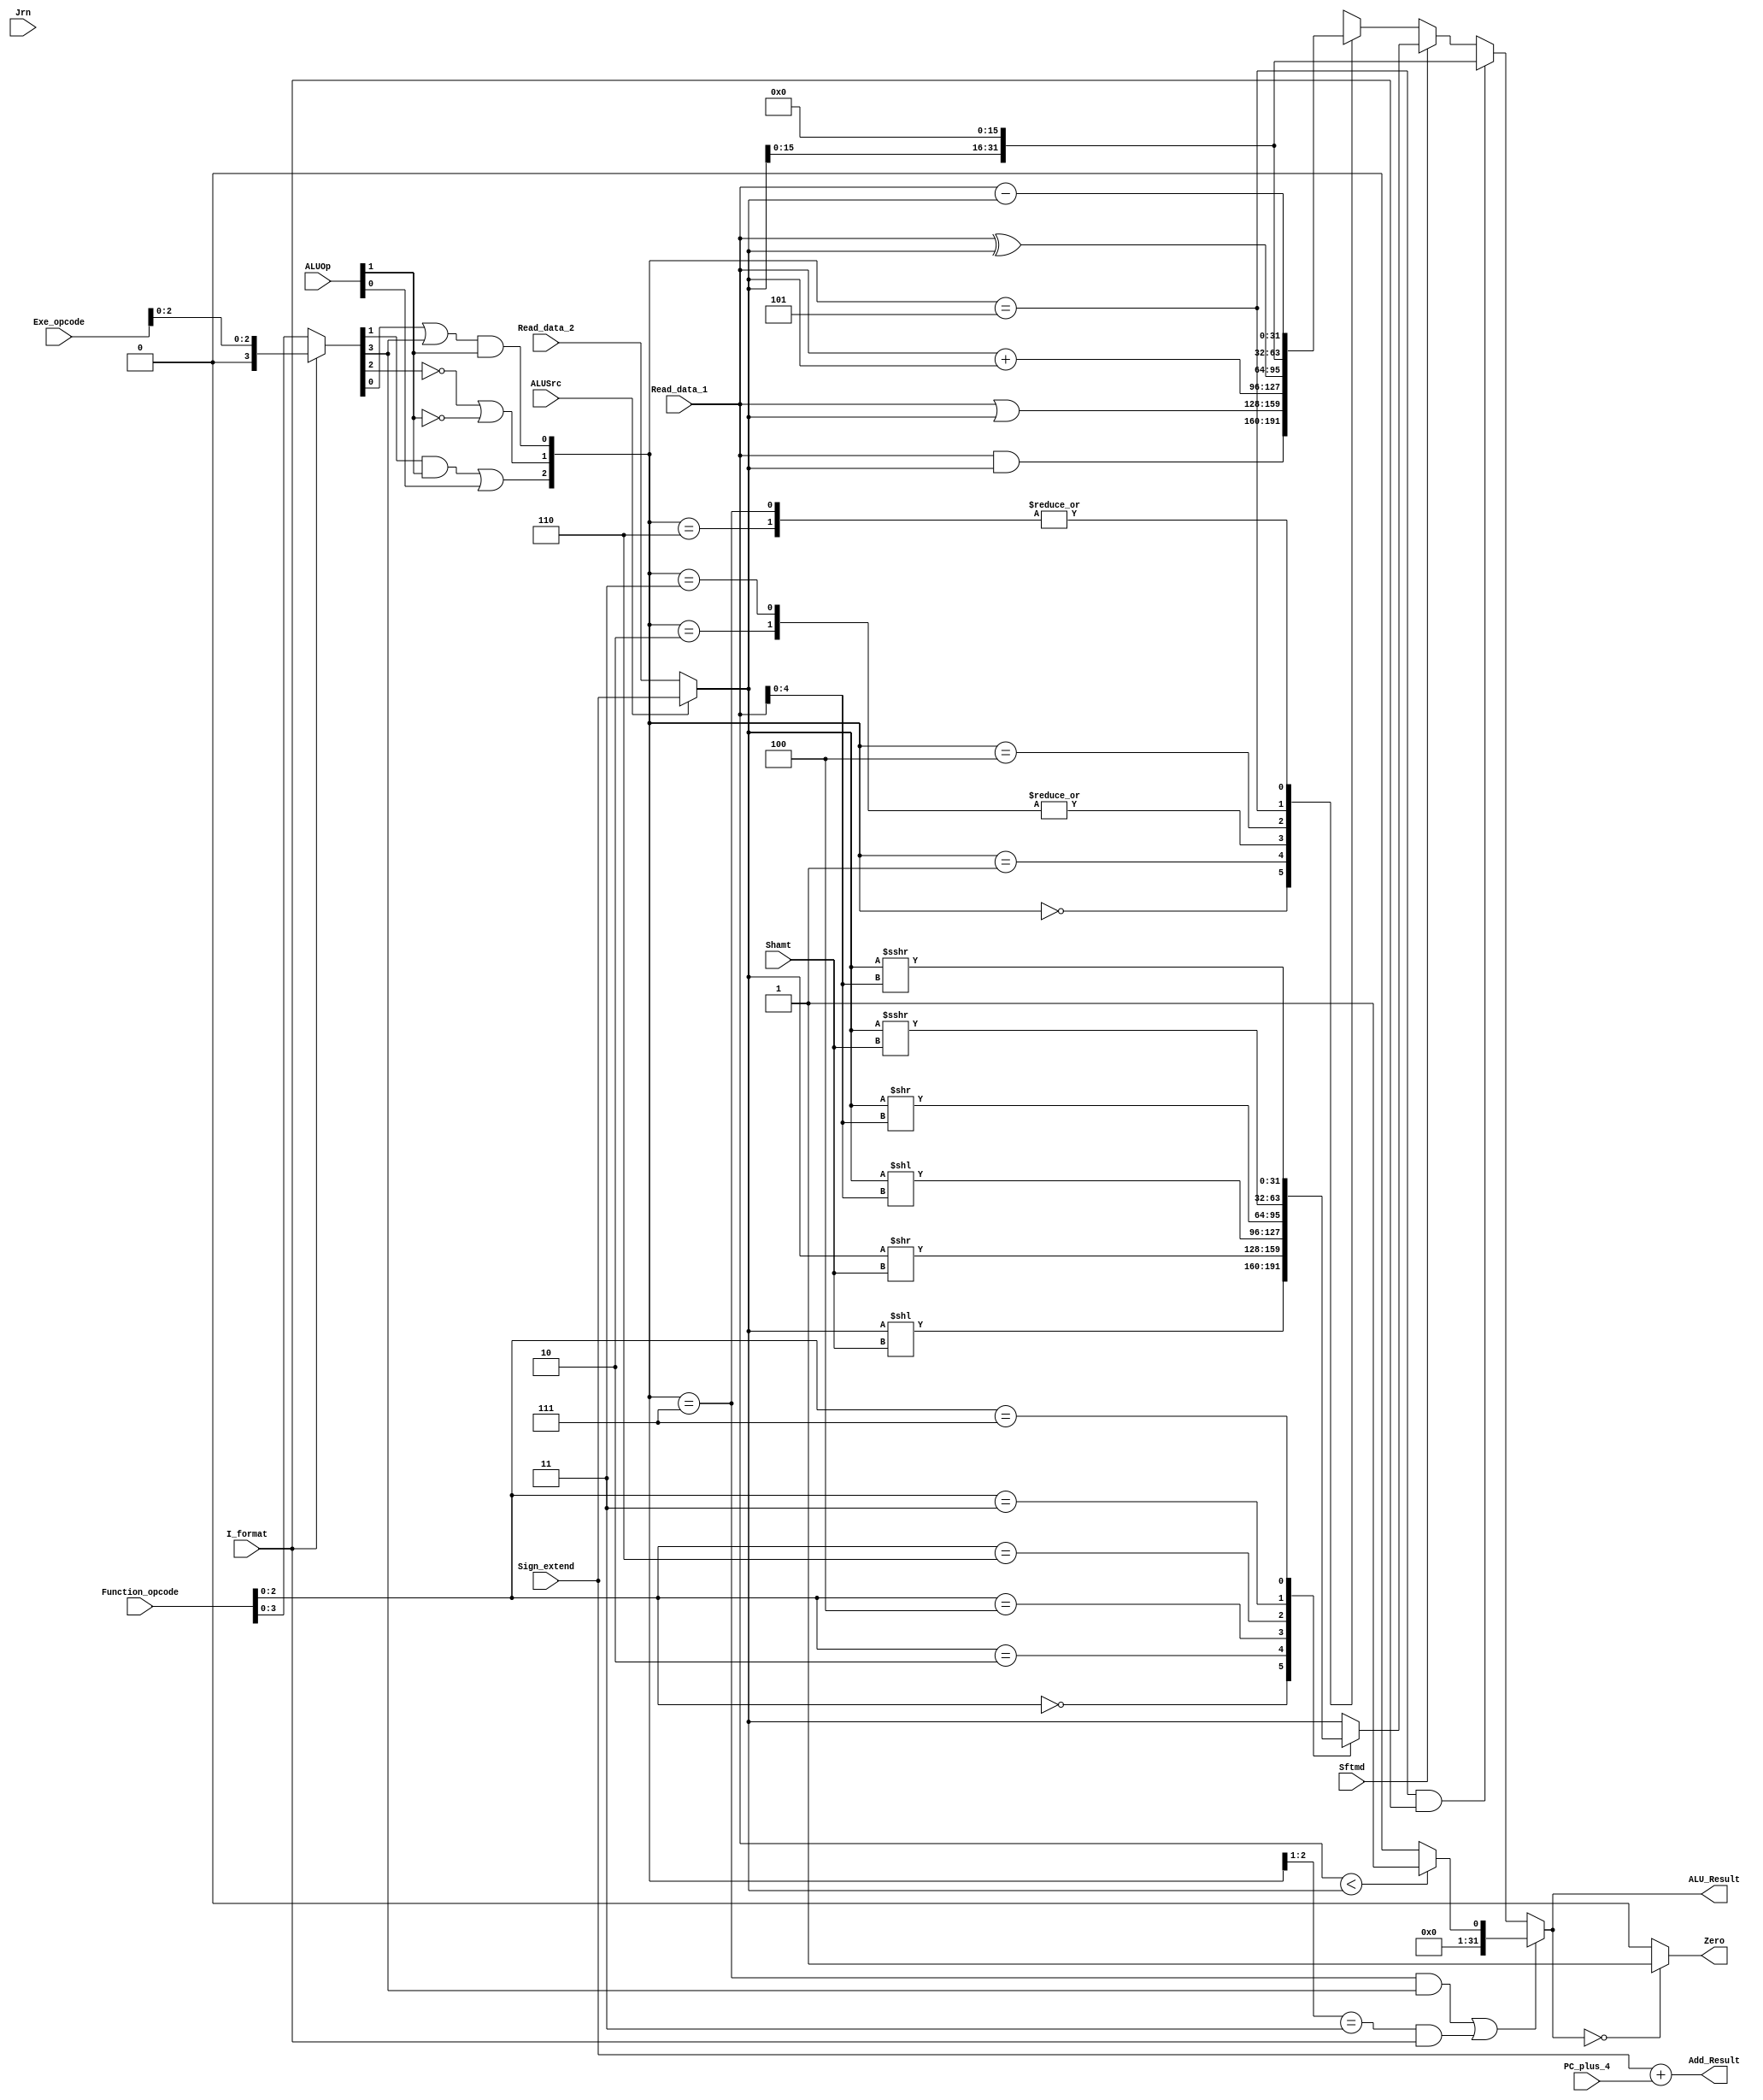
`timescale 1ns / 1ps
//////////////////////////////////////////////////////////////////////////////////
// Company: 
// Engineer: 
// 
// Design Name: 
// Module Name: Executs32
// Project Name: 
// Target Devices: 
// Tool Versions: 
// Description: 
// 
// Dependencies: 
// 
// Revision:
// Revision 0.01 - File Created
// Additional Comments:
// 
//////////////////////////////////////////////////////////////////////////////////


module Executs32(
     input[31:0] Read_data_1, // from decoder
     input[31:0] Read_data_2, // from decoder
     input[31:0] Sign_extend, // from decoder 
        
     input[5:0] Function_opcode,  // from ifetch, instructions[5:0]    
     input[5:0] Exe_opcode, // from ifetch, instruction[31:26]   
          
     input[1:0] ALUOp, // from controller { (R_format || I_format) , (Branch || nBranch) }
     input[4:0] Shamt, // from ifetch, instruction[10:6]    
     
     input ALUSrc,// from controller, 1 means the 2nd operand is an immedite (except beqbne    
     input I_format,// from controller1 means I-Type instruction except beq, bne, LW, SW  
     output reg Zero, // 1 means the ALUreslut is zero               
     input Jrn, // from controller, 1 means this is a jr instruction
     input Sftmd,// from controller, 1 means this is a shift instruction
     output reg [31:0] ALU_Result, //  the ALU calculation result
     output reg [31:0] Add_Result, //  the calculated address
     input[31:0]  PC_plus_4 //  from ifetch module            
    );
    
    wire[31:0] Ainput;
    wire[31:0] Binput;
    assign Ainput = Read_data_1;
    assign Binput = (ALUSrc == 0) ? Read_data_2 : Sign_extend; 
    
    wire[2:0] ALU_ctl;
    wire[5:0] Exe_code;
    assign Exe_code = (I_format==0) ? Function_opcode : {3'b000,Exe_opcode[2:0]}; 
    assign ALU_ctl[0] = (Exe_code[0] | Exe_code[3]) & ALUOp[1]; 
    assign ALU_ctl[1] = ((!Exe_code[2]) | (!ALUOp[1]));
    assign ALU_ctl[2] = (Exe_code[1] & ALUOp[1]) | ALUOp[0];
    
    reg[31:0] ALU_output_mux;
    always @(ALU_ctl or Ainput or Binput) begin
    case(ALU_ctl)
        3'b000: ALU_output_mux = Ainput & Binput;
        3'b001: ALU_output_mux = Ainput | Binput;
        3'b010: ALU_output_mux = Ainput + Binput;/////
        3'b011: ALU_output_mux = Ainput + Binput;
        3'b100: ALU_output_mux = Ainput ^ Binput;
        3'b101: ALU_output_mux = {Binput, 16'h0000};///~(Ainput | Binput);
        3'b110: ALU_output_mux = Ainput - Binput;
        3'b111: ALU_output_mux = Ainput - Binput;
        default: ALU_output_mux = 32'h00000000;
    endcase
    end
    
    reg[31:0] Sinput;
    integer s;
    always @* begin
    if(Sftmd)
        case(Function_opcode[2:0])
            3'b000: Sinput = Binput << Shamt;
            3'b010: Sinput = Binput >> Shamt;
            3'b100: Sinput = Binput << Read_data_1[4:0];
            3'b110: Sinput = Binput >> Read_data_1[4:0];
            3'b011: Sinput = $signed(Binput) >>> Shamt;
            3'b111: Sinput = $signed(Binput) >>> Read_data_1[4:0];
            default: Sinput = Binput;
        endcase
    else Sinput = Binput;
    end
    
    always @* 
    begin 
        //set type operation 
       if(((ALU_ctl==3'b111) && (Exe_code[3]==1))||((ALU_ctl[2:1]==2'b11) && (I_format==1)))
           ALU_Result = (Ainput < Binput)? 32'b1 : 32'b0;
       //lui operation        
       else if((ALU_ctl==3'b101) && (I_format==1)) 
           ALU_Result[31:0]={Binput[15:0],{16{1'b0}}};    
       //shift operation        
       else if(Sftmd==1) 
           ALU_Result = Sinput;  
       //other types of operation in ALU         
       else  
           ALU_Result = ALU_output_mux[31:0];
       
       Add_Result = Sign_extend + PC_plus_4;
    end
    
    always @(ALU_Result)
    begin
        if (ALU_Result == 0) Zero = 1;
        else Zero = 0;
    end
    
    
endmodule